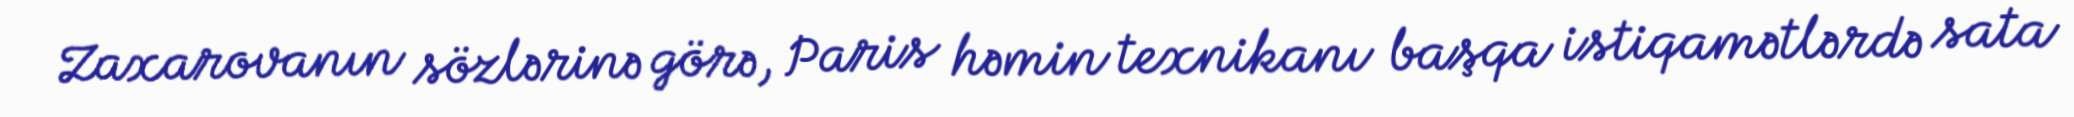
Zaxarovanın sözlərinə görə, Paris həmin texnikanı başqa istiqamətlərdə sata